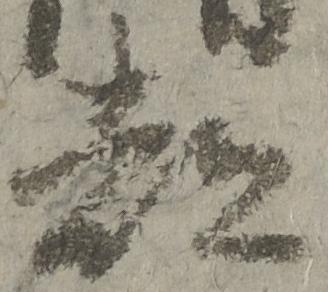
都